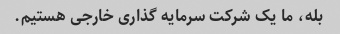
بله، ما یک شرکت سرمایه گذاری خارجی هستیم.